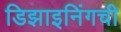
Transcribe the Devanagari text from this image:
डिझाइनिंगची